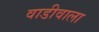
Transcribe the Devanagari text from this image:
वाडीवाला